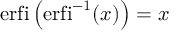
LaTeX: \operatorname { e r f i } \left( \operatorname { e r f i } ^ { - 1 } ( x ) \right) = x